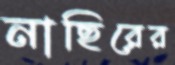
নাছিরের